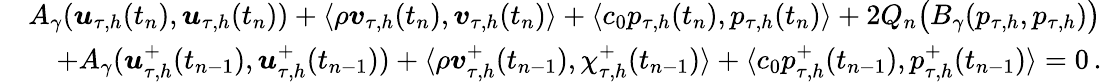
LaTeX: \begin{array}{rl}&{A_{\gamma}(\boldsymbol u_{\tau,h}(t_{n}),\boldsymbol u_{\tau,h}(t_{n}))+\langle\rho\boldsymbol v_{\tau,h}(t_{n}),\boldsymbol v_{\tau,h}(t_{n})\rangle+\langle c_{0}p_{\tau,h}(t_{n}),p_{\tau,h}(t_{n})\rangle+2Q_{n}\big(B_{\gamma}(p_{\tau,h},p_{\tau,h})\big)}\\ &{\quad+A_{\gamma}(\boldsymbol u_{\tau,h}^{+}(t_{n-1}),\boldsymbol u_{\tau,h}^{+}(t_{n-1}))+\langle\rho\boldsymbol v_{\tau,h}^{+}(t_{n-1}),\chi_{\tau,h}^{+}(t_{n-1})\rangle+\langle c_{0}p_{\tau,h}^{+}(t_{n-1}),p_{\tau,h}^{+}(t_{n-1})\rangle=0\, .}\end{array}